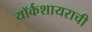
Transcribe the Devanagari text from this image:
यॉर्कशायराची